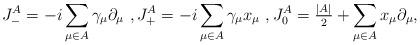
LaTeX: \begin{align*} J_-^{A}=-i\sum_{\mu\in A}\gamma_\mu\partial_\mu~,J_+^{A}=-i\sum_{\mu\in A}\gamma_\mu x_\mu~,J_0^{A}=\tfrac{|A|}{2}+\sum_{\mu\in A}x_\mu\partial_\mu,\end{align*}